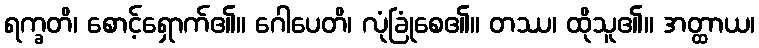
ရက္ခတိ၊ စောင့်ရှောက်၏။ ဂေါပေတိ၊ လုံခြုံစေ၏။ တဿ၊ ထိုသူ၏။ အတ္ထာယ၊